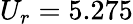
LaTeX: U_{r}=5.275